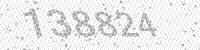
Solution: 138824